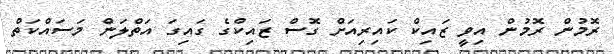
ރޮމުން ރޮމުން އިވީ ޒައިކް ކައިރިއަށް ގޮސް ޒައިކްގެ ގައިގަ އަތްލަން މަސައްކަތް